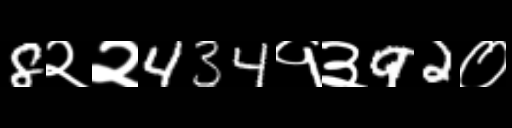
Text: 8२२434१३92०